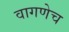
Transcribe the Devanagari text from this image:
वागणेच